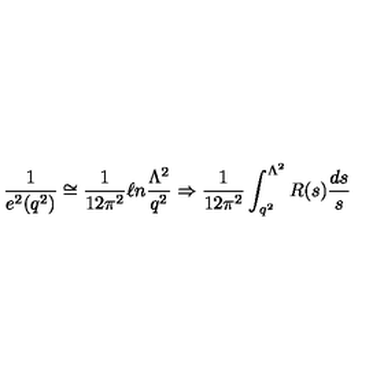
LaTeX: \frac { 1 } { e ^ { 2 } ( q ^ { 2 } ) } \cong \frac { 1 } { 1 2 \pi ^ { 2 } } \ell n \frac { \Lambda ^ { 2 } } { q ^ { 2 } } \Rightarrow \frac { 1 } { 1 2 \pi ^ { 2 } } \int _ { q ^ { 2 } } ^ { \Lambda ^ { 2 } } R ( s ) \frac { d s } { s }